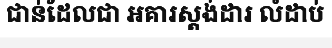
ជាន់ដែលជា អគារស្តង់ដារ លំដាប់